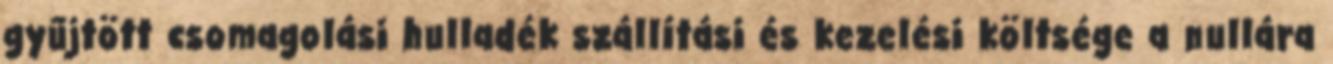
gyűjtött csomagolási hulladék szállítási és kezelési költsége a nullára